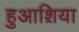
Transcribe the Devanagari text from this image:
हुआश़िया